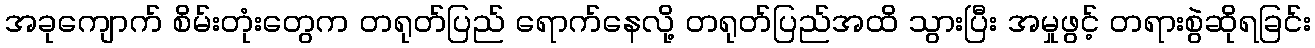
အခုကျောက် စိမ်းတုံးတွေက တရုတ်ပြည် ရောက်နေလို့ တရုတ်ပြည်အထိ သွားပြီး အမှုဖွင့် တရားစွဲဆိုရခြင်း